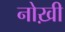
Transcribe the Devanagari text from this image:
नोख़ी